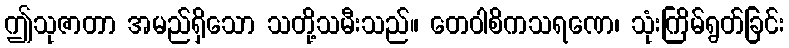
ဤသုဇာတာ အမည်ရှိသော သတို့သမီးသည်။ တေဝါစိကသရဏေ၊ သုံးကြိမ်ရွတ်ခြင်း